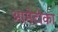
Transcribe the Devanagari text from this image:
आमेटोका